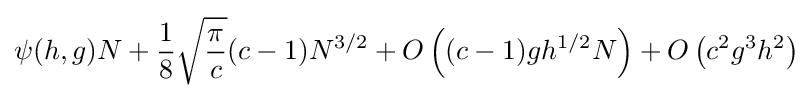
\psi (h,g)N+{\frac {1}{8}}{\sqrt {\frac {\pi }{c}}}(c-1)N^{3/2}+O\left((c-1)gh^{1/2}N\right)+O\left(c^{2}g^{3}h^{2}\right)